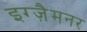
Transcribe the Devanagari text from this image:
इग्ज़ैमनर